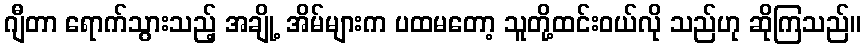
ဂျီတာ ရောက်သွားသည့် အချို့ အိမ်များက ပထမတော့ သူတို့ထင်းဝယ်လို သည်ဟု ဆိုကြသည်။